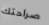
صراحتك